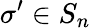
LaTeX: \sigma^{\prime}\in S_{n}